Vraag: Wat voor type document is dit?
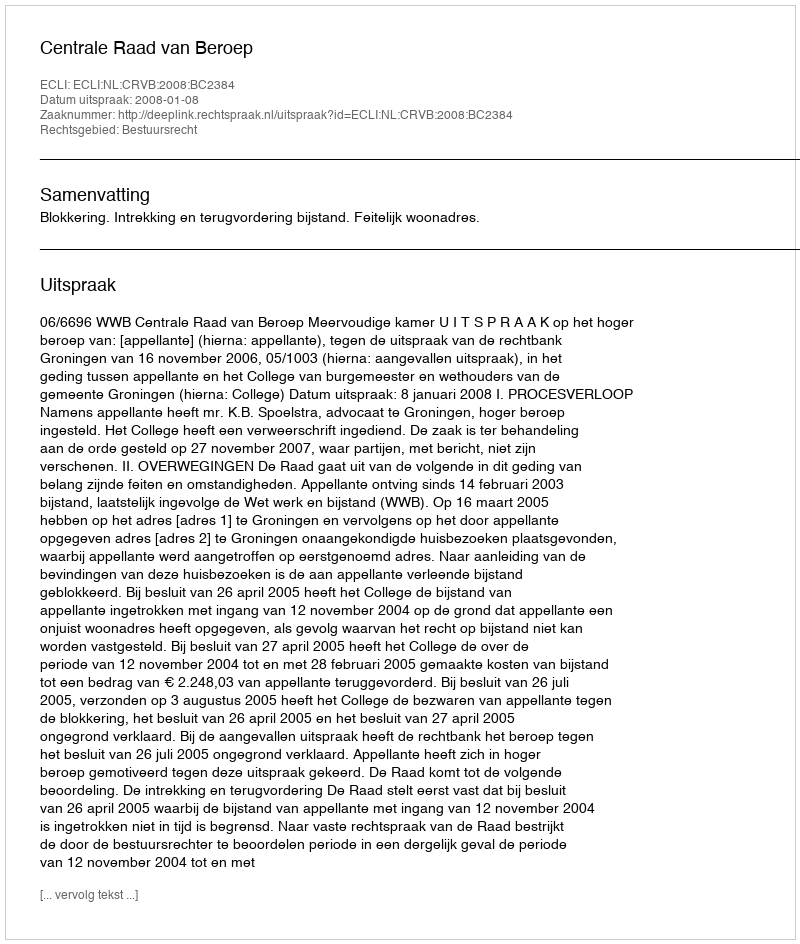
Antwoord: Uitspraak